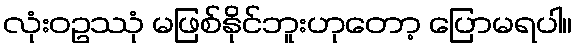
လုံးဝဥဿုံ မဖြစ်နိုင်ဘူးဟုတော့ ပြောမရပါ။